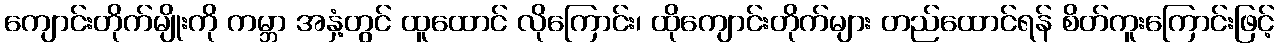
ကျောင်းတိုက်မျိုးကို ကမ္ဘာ အနှံ့တွင် ထူထောင် လိုကြောင်း၊ ထိုကျောင်းတိုက်များ တည်ထောင်ရန် စိတ်ကူးကြောင်းဖြင့်